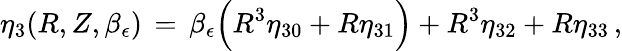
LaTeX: \eta_{3}(R,Z,\beta_{\epsilon})\, =\, \beta_{\epsilon}\Bigl(R^{3}\eta_{30}+R\eta_{31}\Bigr)+R^{3}\eta_{32}+R\eta_{33}\, ,